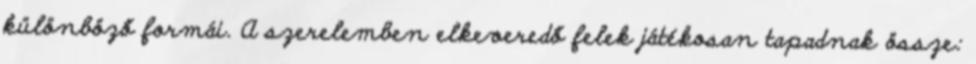
különböző formái. A szerelemben elkeveredő felek játékosan tapadnak össze: